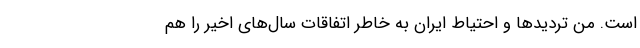
است. من تردیدها و احتیاط ایران به خاطر اتفاقات سال‌های اخیر را هم